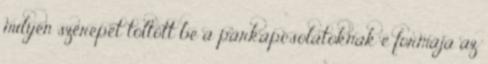
milyen szerepet töltött be a párkapcsolatoknak e formája az